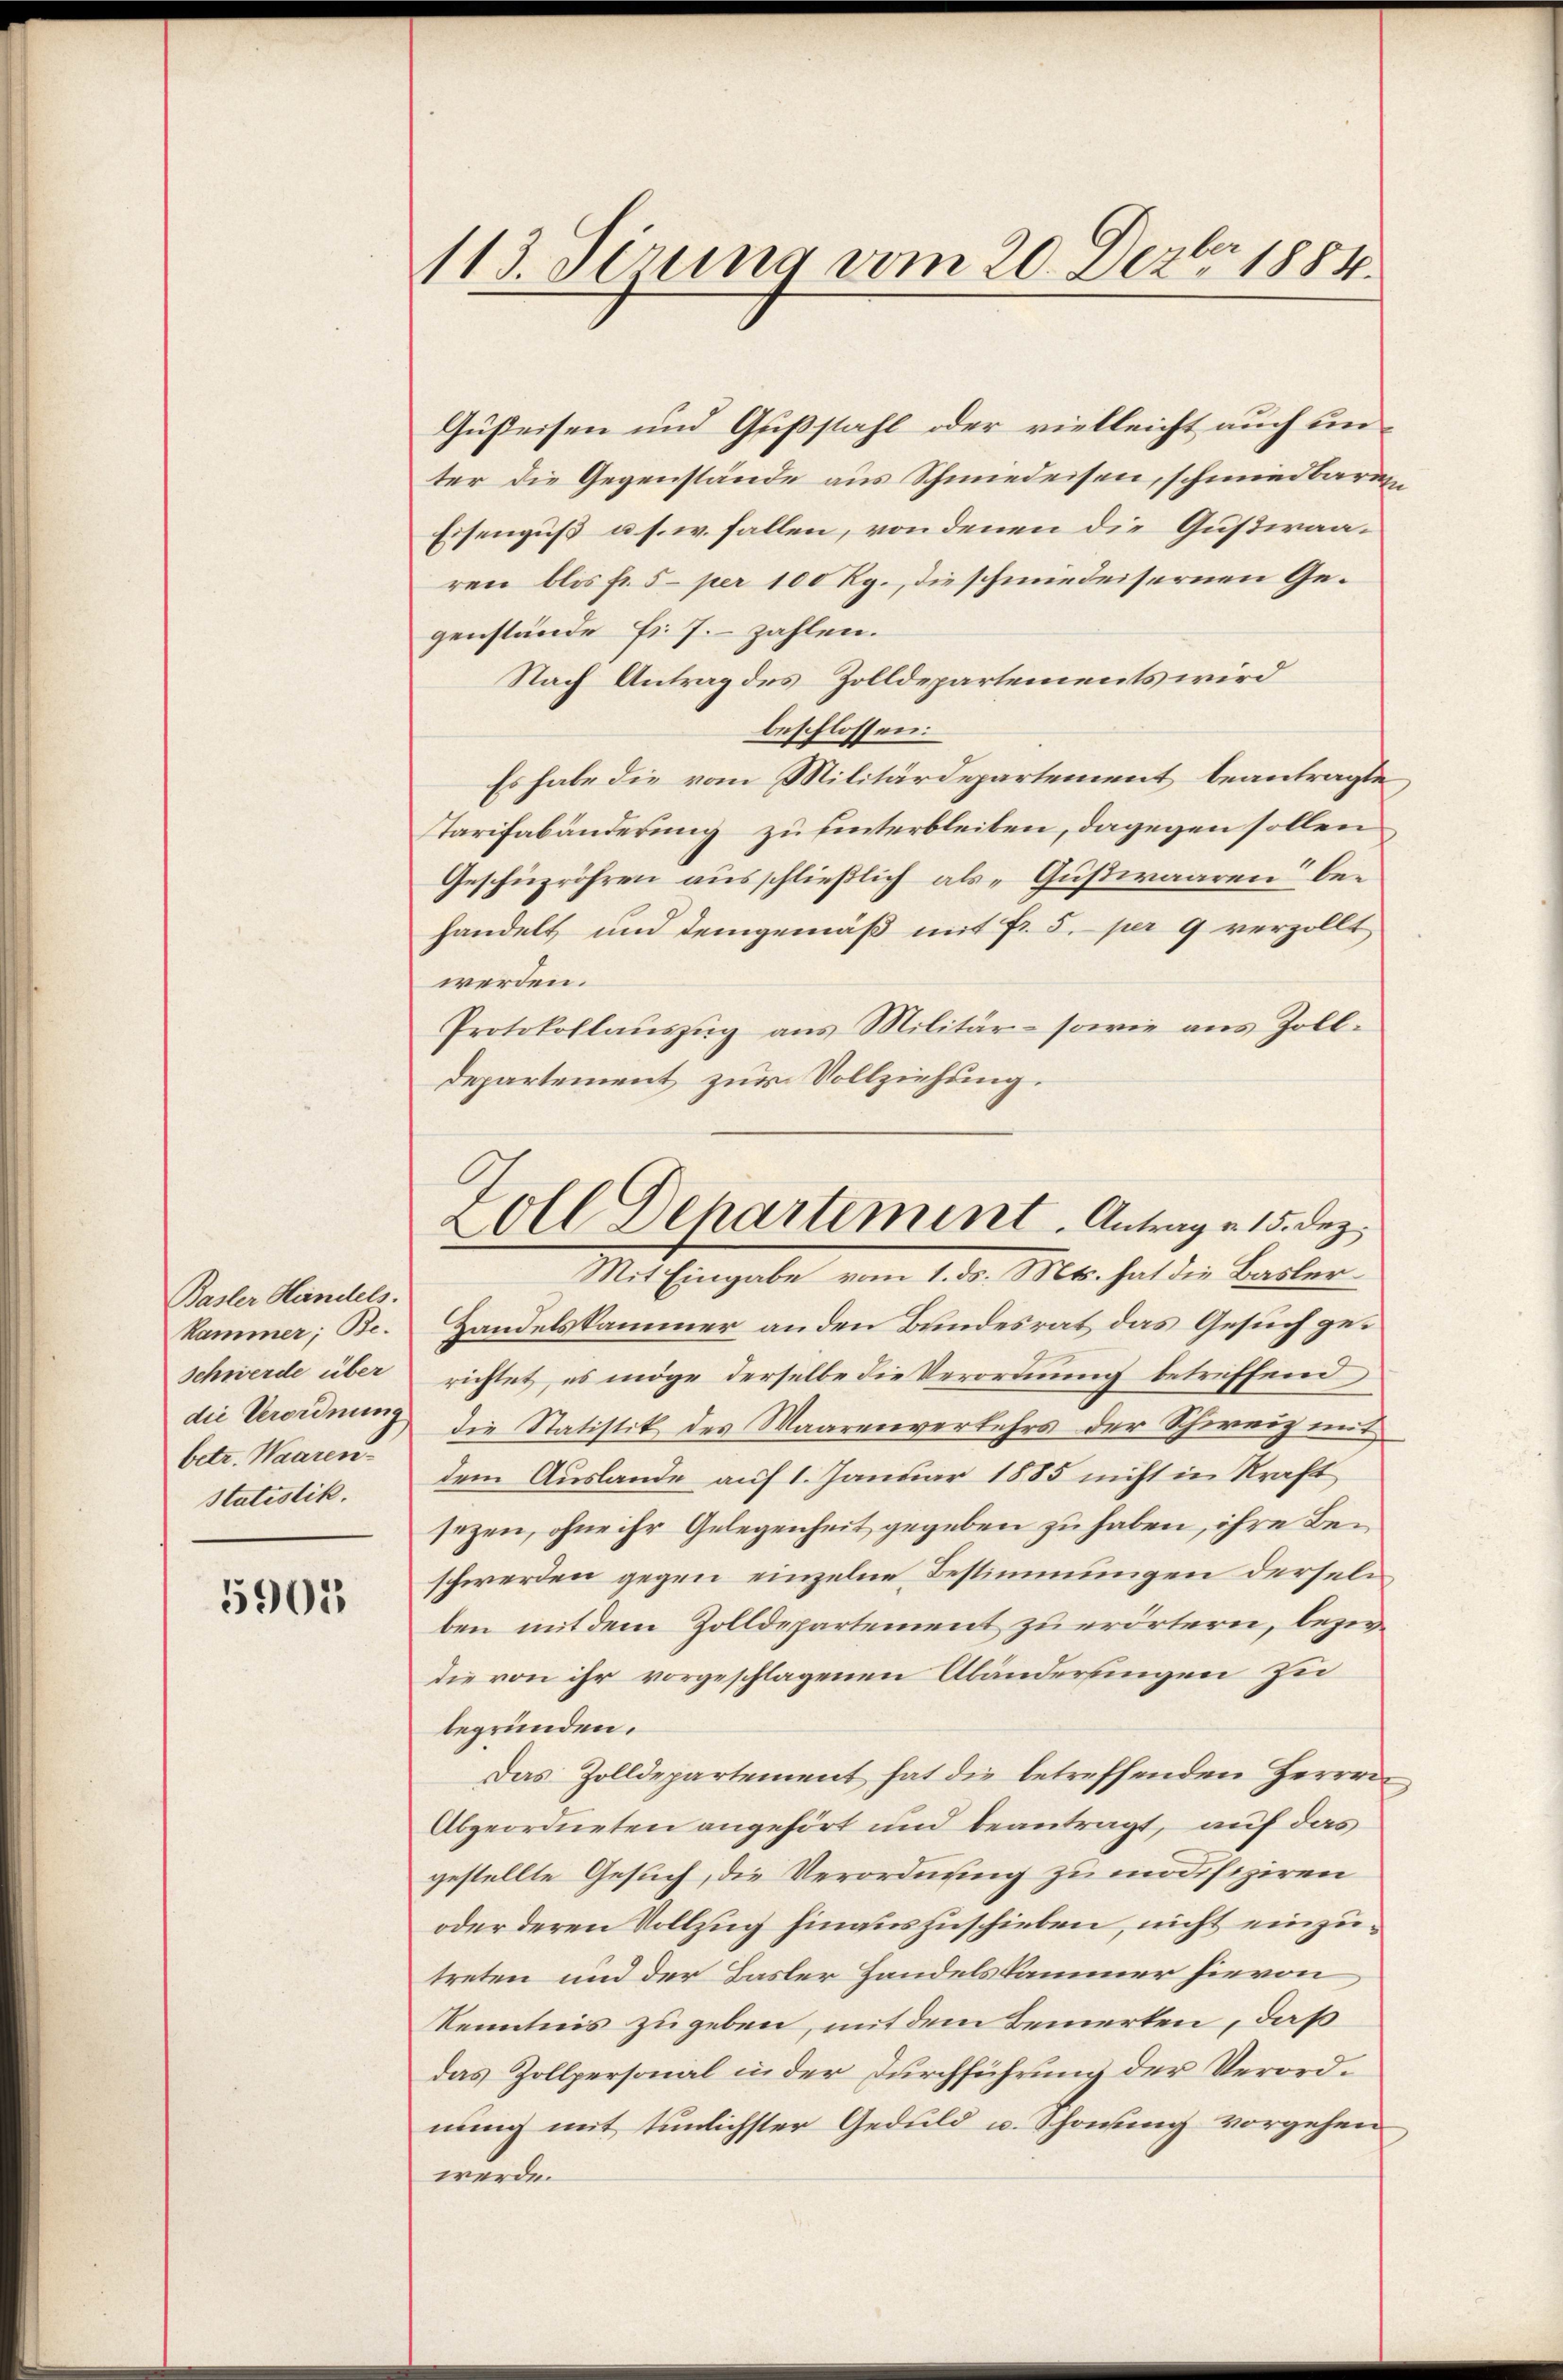
Basler Handels.
Kammer; Be¬
Schwerde über
die Verordnung
betr. Waaren
statistik.

5905

113. Sirung vom 20. Dezbr. 1884.

Gußeisen und Gußstahl oder vielleicht auch unter die Gegenstände aus Schmiedeisen, schmiedbaren
Eisenguß u. s. w. fallen, von denen die Gußwaaren blis fr. 5 per 100 Rg., die schmiedeisernen Gegenstände Hr. J. zahlen.
Nach Antrag des Zolldepartements wird
beschlossen:
Es habe die vom Militärdepartement beantragte
Starifabänderung zu hinterbleiben, dagegen sollen
Geschüzröhren ausschließlich als „Gußwaaren bei
handelt und demgemäß mit fr. 5. per 9 verzollt
werden.
Protokollauszug aus Militär- sowie aus Zolldepartement zur Vollziehung.
Handelskammer anden Bundesrat das Gesuch gerichtet, es möge derselbe die Verordnung betreffend
die Statistik des Waarenverkehrs der Schweiz mit
dem Auslande auf 1. Januar 1885 nicht in Kraft
sezen, ohne ihr Gelegenheit gegeben zu haben, ihre Beschwerden gegen einzelne Bestimmungen derseln
ben mit dem Zolldepartement zu erörtern, beziedie von ihr vorgeschlagenen Abänderungen zu
begründen.
Das Zolldepartement hat die betreffenden Herren
Abgeordneten angehört und beantragt, auf das
gestellte Gesuch, die Verordnung zu modifiziren
oder deren Vollzug hinauszuschieben, nicht einzutreten und der Basler Handelskammer hievon
Kenntnis zugeben, mit dem Bemerken, daß
das Zollpersonal in der Durchführung der Verordnung mit tunlichster Geduld u. Schonung vorgehen
werde.

Zoll Departement. Antrage 15. Dez.
Mit Eingabe vom 1. ds. Mts. hat die Basler¬